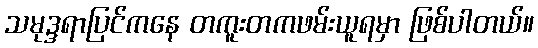
သမုဒ္ဒရာပြင်ကနေ တကူးတကဖမ်းယူရမှာ ဖြစ်ပါတယ်။